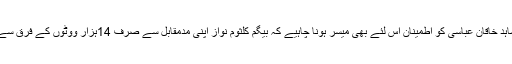
فی الوقت شاہد خاقان عباسی کو اطمینان اس لئے بھی میسر ہونا چاہیے کہ بیگم کلثوم نواز اپنی مدمقابل سے صرف 14ہزار ووٹوں کے فرق سے جیتی ہیں۔